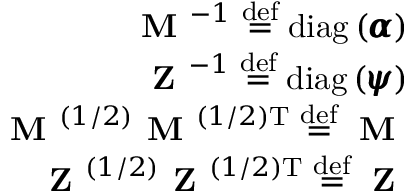
\begin{array} { r } { \textbf { M } ^ { - 1 } \stackrel { \mathrm { d e f } } { = } \mathrm { d i a g } \left( \pmb { \alpha } \right) } \\ { \textbf { Z } ^ { - 1 } \stackrel { \mathrm { d e f } } { = } \mathrm { d i a g } \left( \pmb { \psi } \right) } \\ { \textbf { M } ^ { ( 1 / 2 ) } \textbf { M } ^ { ( 1 / 2 ) \mathrm { T } } \stackrel { \mathrm { d e f } } { = } \textbf { M } } \\ { \textbf { Z } ^ { ( 1 / 2 ) } \textbf { Z } ^ { ( 1 / 2 ) \mathrm { T } } \stackrel { \mathrm { d e f } } { = } \textbf { Z } } \end{array}